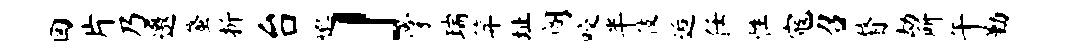
回片乃邀蜃折台邈」掌瑞笄址阁咬半伎逅任性寇召瞀劫所午勤